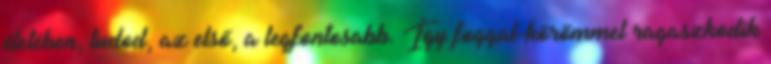
életében, tudod, az első, a legfontosabb. Így foggal-körömmel ragaszkodik